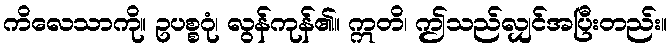
ကိလေသာကို။ ဥပစ္စဂုံ၊ လွန်ကုန်၏။ ဣတိ၊ ဤသည်လျှင်အပြီးတည်း။